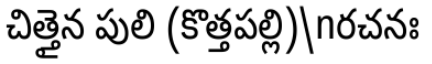
చిత్తైన పులి (కొత్తపల్లి)\nరచనః